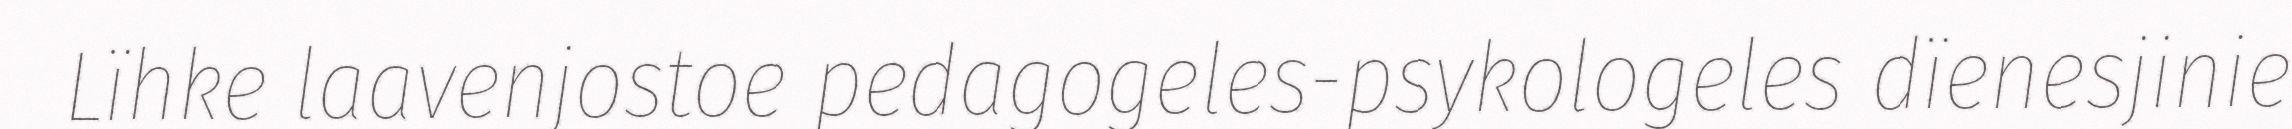
Lïhke laavenjostoe pedagogeles-psykologeles dïenesjinie